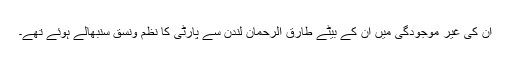
اُن کی غیر موجودگی میں اُن کے بیٹے طارق الرحمان لندن سے پارٹی کا نظم ونسق سنبھالے ہوئے تھے۔